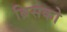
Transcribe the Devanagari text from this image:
ब्रिसको